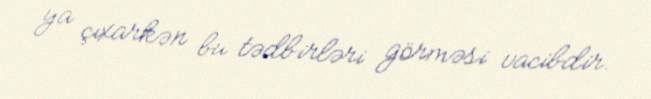
ya çıxarkən bu tədbirləri görməsi vacibdir.